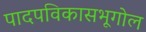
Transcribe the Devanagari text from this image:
पादपविकासभूगोल